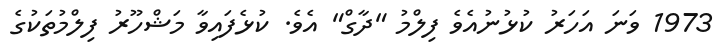
1973 ވަނަ އަހަރު ކުޅުނުއެވެ ފިލްމު "ދާގް" އެވެ. ކުޅެފައިވާ މަޝްހޫރު ފިލްމުތަކުގެ